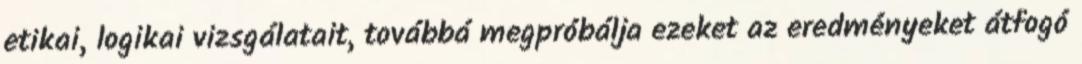
etikai, logikai vizsgálatait, továbbá megpróbálja ezeket az eredményeket átfogó